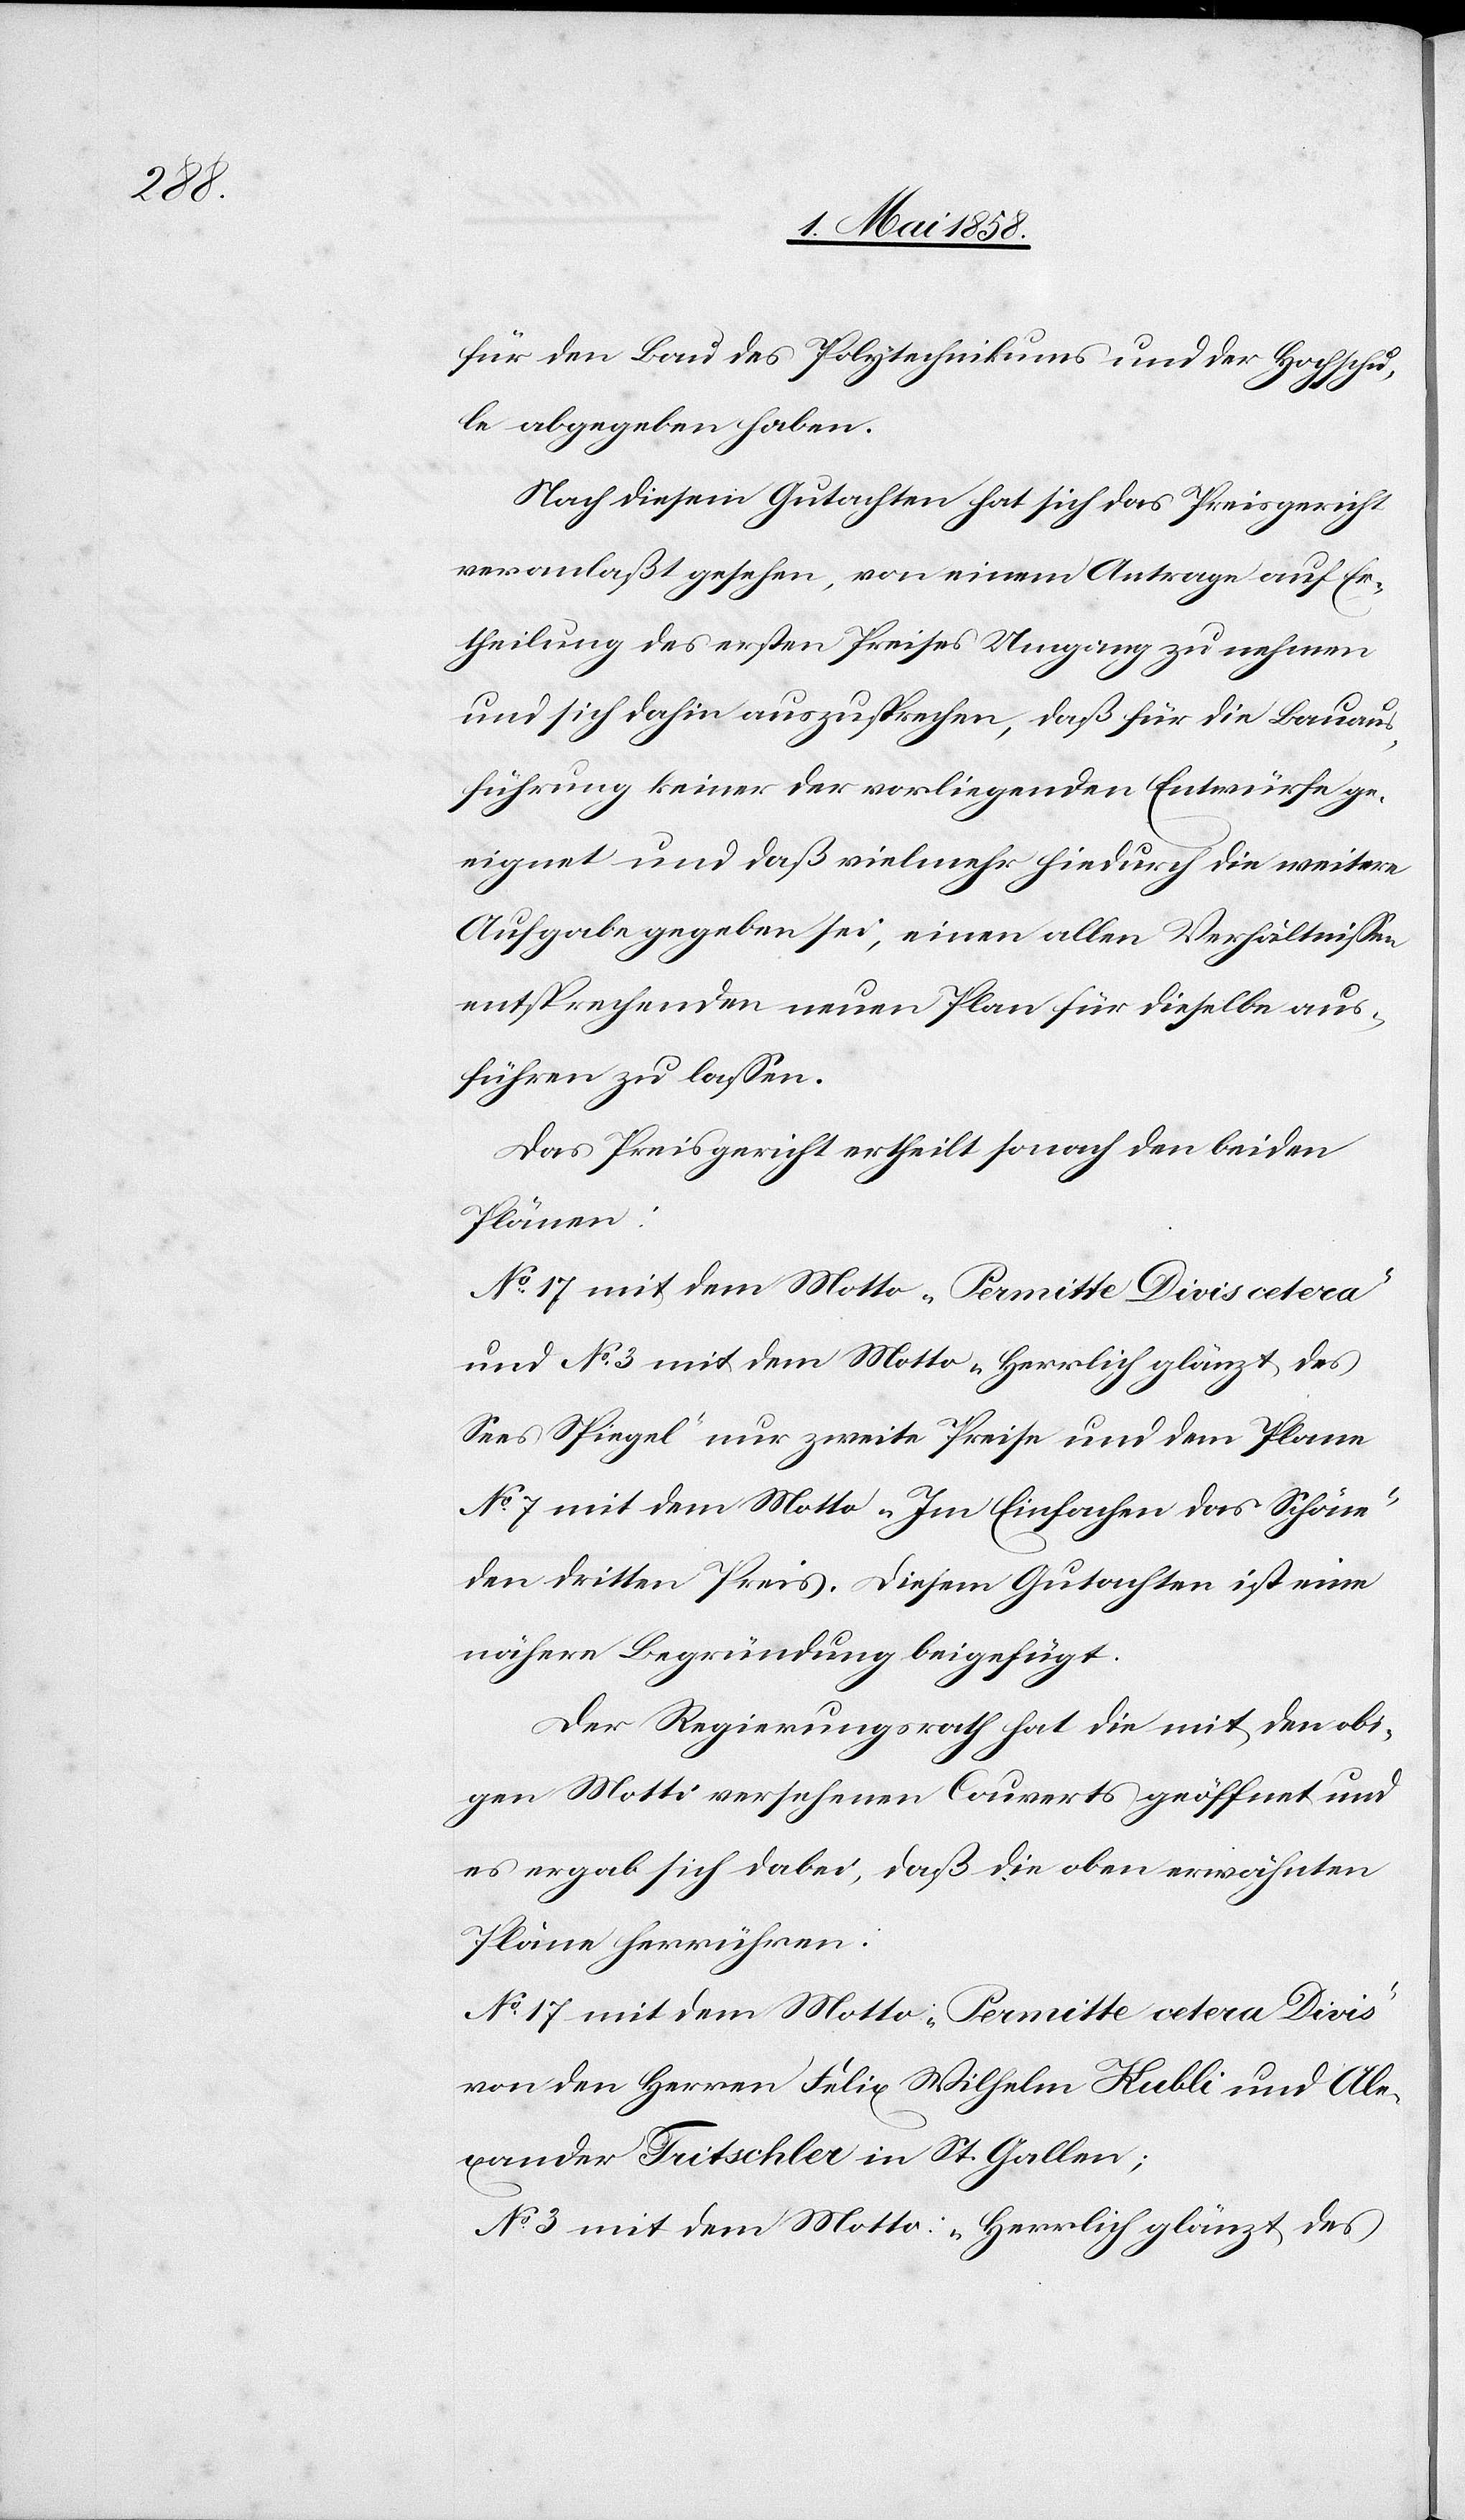
für den Bau des Polytechnikums und der Hochschu¬
le abgegeben haben.
Nach diesem Gutachten hat sich das Preisgericht
veranlaßt gesehen, von einem Antrage auf Er¬
theilung des ersten Preises Umgang zu nehmen
und sich dahin auszusprechen, daß für die Bauaus¬
führung keiner der vorliegenden Entwürfe ge¬
eignet und daß vielmehr hiedurch die weitere
Aufgabe gegeben sei, einen allen Verhältnissen
entsprechenden neuen Plan für dieselbe aus¬
führen zu lassen.
Das Preisgericht ertheilt sonach den beiden
Plänen:
No 17 mit dem Motto „Permitte Divis cetera“
und No 3 mit dem Motto „Herrlich glänzt des
Sees Spiegel“ nur zweite Preise und dem Plane
No 7 mit dem Motto „Im Einfachen das Schöne“
den dritten Preis. Diesem Gutachten ist eine
nähere Begründung beigefügt.
Der Regierungsrath hat die mit den obi¬
gen Motti versehenen Couverts geöffnet und
es ergab sich dabei, daß die oben erwähnten
Pläne herrühren:
No 17 mit dem Motto „Permitte cetera Divis“
von den Herren Felix Wilhelm Kubli und Ale¬
xander Tritschler in St. Gallen;
No 3 mit dem Motto „Herrlich glänzt des